Scottish Leaving Certificate Examination, 1951
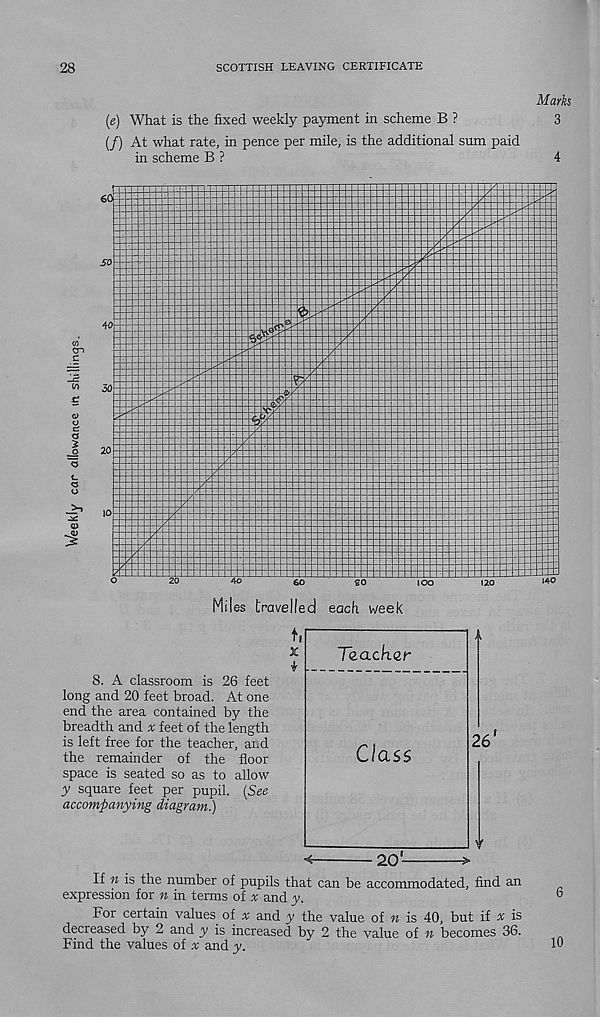
28
SCOTTISH LEAVING CERTIFICATE
Marks
(e) What is the fixed weekly payment in scheme B ?
3
(/) At what rate, in pence per mile, is the additional sum paid
in scheme B ?
4
8. A classroom is 26 feet
long and 20 feet broad. At one
end the area contained by the
breadth and x feet of the length
is left free for the teacher, and
the remainder of the floor
space is seated so as to allow
y square feet per pupil. (See
accompanying diagram.)
If n is the number of pupils that can be accommodated, find an
expression for n in terms of A and y.
For certain values of a; and y the value of n is 40, but if x is
decreased by 2 and y is increased by 2 the value of n becomes 36.
Find the values of x and y.
10